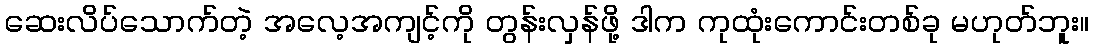
ဆေးလိပ်သောက်တဲ့ အလေ့အကျင့်ကို တွန်းလှန်ဖို့ ဒါက ကုထုံးကောင်းတစ်ခု မဟုတ်ဘူး။